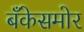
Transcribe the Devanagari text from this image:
बँकेसमोर